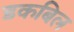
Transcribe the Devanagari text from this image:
डकबिल